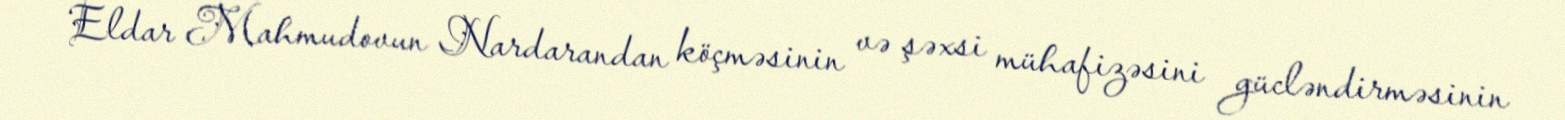
Eldar Mahmudovun Nardarandan köçməsinin və şəxsi mühafizəsini gücləndirməsinin